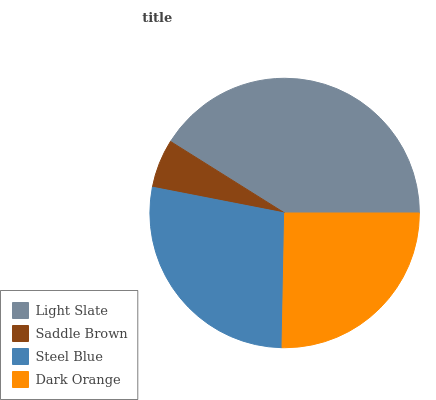
| Light Slate | Saddle Brown | Steel Blue | Dark Orange |
 | --- | --- | --- | --- |
 | 41.1% | 5.85% | 27.7% | 25.3% |